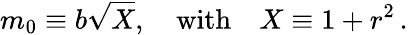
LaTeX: m_{0}\equiv b\sqrt{X},\quad\mathrm{with}\quad X\equiv 1+r^{2}\, .